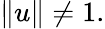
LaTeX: \| u\| \neq 1.